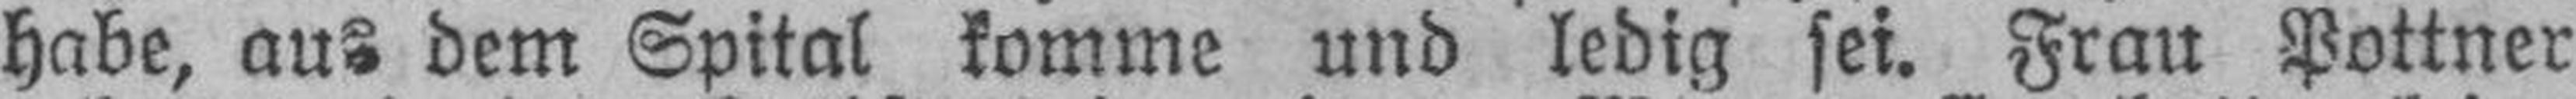
habe, aus dem Spital komme und ledig sei. Frau Pottner